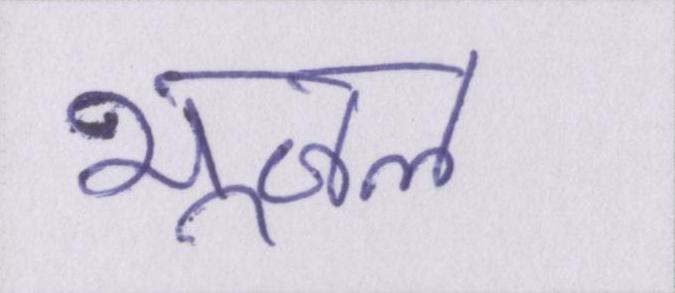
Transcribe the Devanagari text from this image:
भूजल